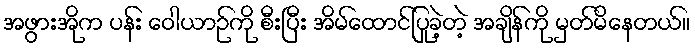
အဖွားအိုက ပန်း ဝေါယာဉ်ကို စီးပြီး အိမ်ထောင်ပြုခဲ့တဲ့ အချိန်ကို မှတ်မိနေတယ်။